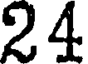
24